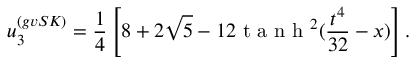
u _ { 3 } ^ { ( g v S K ) } = \frac { 1 } { 4 } \left[ 8 + 2 \sqrt { 5 } - 1 2 \mathrm { ~ t ~ a ~ n ~ h ~ } ^ { 2 } ( \frac { t ^ { 4 } } { 3 2 } - x ) \right] .